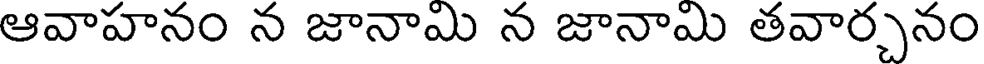
ఆవాహనం న జానామి న జానామి తవార్చనం